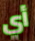
أي